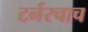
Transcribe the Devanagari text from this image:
टर्नरचाच